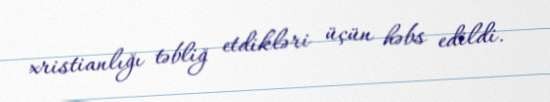
xristianlığı təbliğ etdikləri üçün həbs edildi.